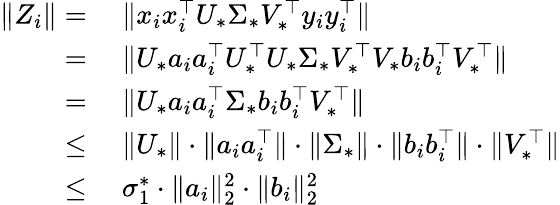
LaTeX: \begin{array}{rl}{\| Z_{i}\| =}&{~\| x_{i}x_{i}^{\top}U_{*}\Sigma_{*}V_{*}^{\top}y_{i}y_{i}^{\top}\| }\\ {=}&{~\| U_{*}a_{i}a_{i}^{\top}U_{*}^{\top}U_{*}\Sigma_{*}V_{*}^{\top}V_{*}b_{i}b_{i}^{\top}V_{*}^{\top}\| }\\ {=}&{~\| U_{*}a_{i}a_{i}^{\top}\Sigma_{*}b_{i}b_{i}^{\top}V_{*}^{\top}\| }\\ {\leq}&{~\| U_{*}\| \cdot\| a_{i}a_{i}^{\top}\| \cdot\| \Sigma_{*}\| \cdot\| b_{i}b_{i}^{\top}\| \cdot\| V_{*}^{\top}\| }\\ {\leq}&{~\sigma_{1}^{*}\cdot\| a_{i}\| _{2}^{2}\cdot\| b_{i}\| _{2}^{2}}\end{array}